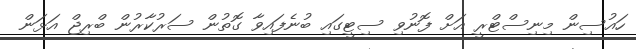
ހައުސިން މިނިސްޓްރީ އަށް ފޮނުވި ސިޓީގައި ބުނެފައިވާ ގޮތުން ސަރުކާރުން ބްރިޖް އަޅަން